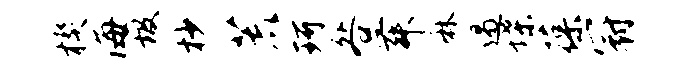
楔海圾杪荒珂咎舞麻遏堞葆冠